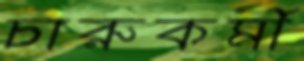
চারুকর্মী